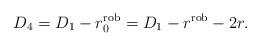
LaTeX: \begin{align*} D_4= D_1-r_0^{\rm rob}=D_1-r^{\rm rob}-2r.\end{align*}